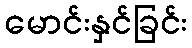
မောင်းနှင်ခြင်း